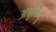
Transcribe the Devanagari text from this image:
अश्रुबिन्दु